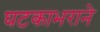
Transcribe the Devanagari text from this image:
घटकाभराने